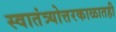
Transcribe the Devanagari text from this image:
स्वातंत्र्योत्तरकाळातही